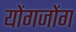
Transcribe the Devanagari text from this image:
योंगजोंग